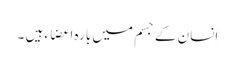
اِنسان کے جسم میں بارہ اعضاء ہیں ۔